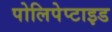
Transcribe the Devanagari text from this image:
पोलिपेप्टाइड